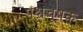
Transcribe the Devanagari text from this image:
पश्चचूषक